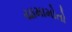
યામામોતો